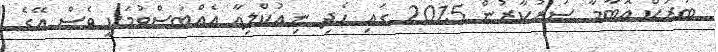
ބަރަކް އޮބާމާ ސަރުކާރުން 2015 ގައި ހެދި ނިއުކްލިއާ އެއްބަސްވުމަކީ ވެސް އޭގެ